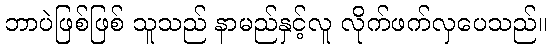
ဘာပဲဖြစ်ဖြစ် သူသည် နာမည်နှင့်လူ လိုက်ဖက်လှပေသည်။